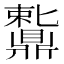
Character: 𬹩